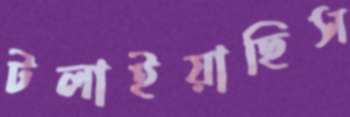
টলাইয়াছিস